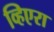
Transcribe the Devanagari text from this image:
व्हिएरा